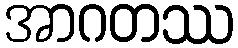
အာဂတဿ